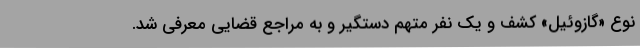
نوع «گازوئیل» کشف و یک نفر متهم دستگیر و به مراجع قضایی معرفی شد.